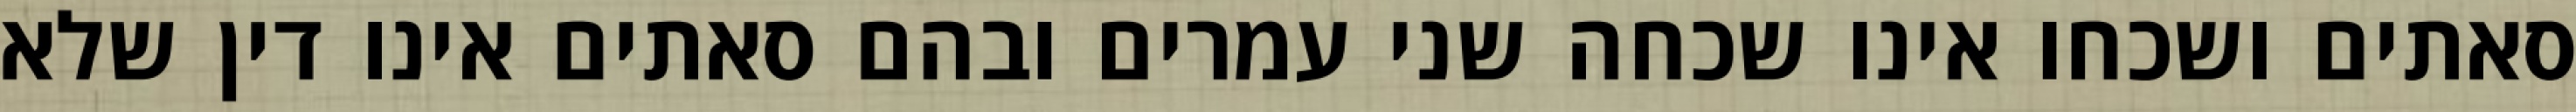
סאתים ושכחו אינו שכחה שני עמרים ובהם סאתים אינו דין שלא